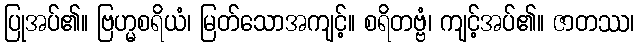
ပြုအပ်၏။ ဗြဟ္မစရိယံ၊ မြတ်သောအကျင့်။ စရိတဗ္ဗံ၊ ကျင့်အပ်၏။ ဇာတဿ၊